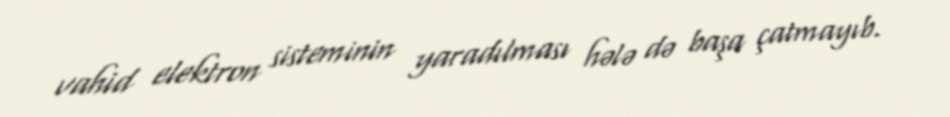
vahid elektron sisteminin yaradılması hələ də başa çatmayıb.